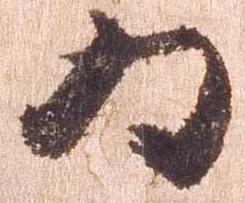
為